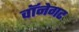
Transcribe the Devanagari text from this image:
वॉनेगट